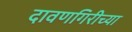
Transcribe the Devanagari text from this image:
दावणगिरीच्या